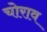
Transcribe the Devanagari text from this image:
चोराव